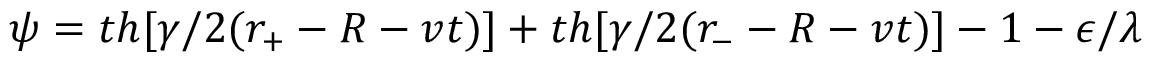
\psi = t h [ \gamma / 2 ( r _ { + } - R - v t ) ] + t h [ \gamma / 2 ( r _ { - } - R - v t ) ] - 1 - \epsilon / \lambda